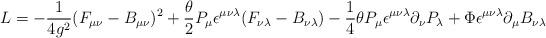
LaTeX: \begin{align*}{\sl L} = -\frac{1}{4 g^2}(F_ {\mu \nu} - B_{\mu \nu})^2 + {{\theta} \over 2} P_\mu \epsilon^{\mu \nu \lambda}(F_{\nu \lambda} - B_{\nu \lambda})- \frac{1}{4} \theta P_\mu \epsilon^{\mu \nu \lambda} \partial_\nu P_\lambda + \Phi \epsilon^{\mu \nu \lambda} \partial_ \mu B_{\nu \lambda}\end{align*}